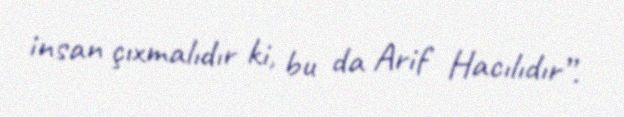
insan çıxmalıdır ki, bu da Arif Hacılıdır”.